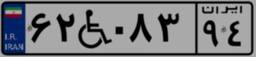
۶۲W۰۸۳۹۴